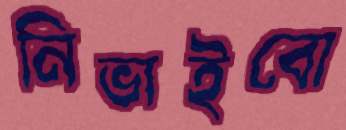
নিভাইবো